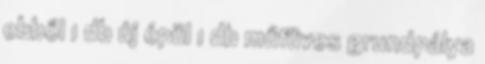
ebből 1 db új épül 1 db műfüves grundpálya